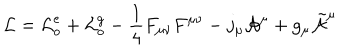
LaTeX: { \cal L } = { \cal L } _ { o } ^ { e } + { \cal L } _ { o } ^ { g } - \frac { 1 } { 4 } F _ { \mu \nu } F ^ { \mu \nu } - j _ { \mu } { \cal A } ^ { \mu } + g _ { \mu } \tilde { { \cal A } } ^ { \mu }